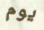
يوم